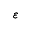
\boldsymbol \varepsilon